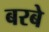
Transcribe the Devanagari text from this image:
बरबे